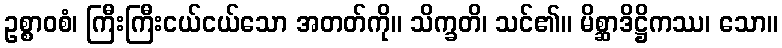
ဥစ္စာဝစံ၊ ကြီးကြီးငယ်ငယ်သော အတတ်ကို။ သိက္ခတိ၊ သင်၏။ မိစ္ဆာဒိဋ္ဌိကဿ၊ သော။